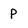
Character: p